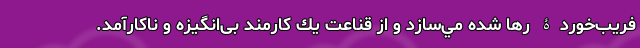
فريب‌خوردۀ رها شده مي‌سازد و از قناعت يك كارمند بی‌انگيزه و ناكارآمد.